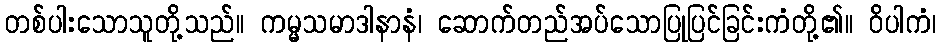
တစ်ပါးသောသူတို့သည်။ ကမ္မသမာဒါနာနံ၊ ဆောက်တည်အပ်သောပြုပြင်ခြင်းကံတို့၏။ ဝိပါကံ၊